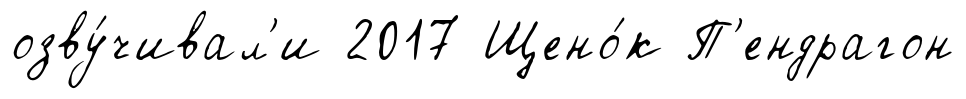
озву́чивал'и 2017 Щено́к П'ендрагон